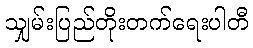
သျှမ်းပြည်တိုးတက်ရေးပါတီ